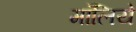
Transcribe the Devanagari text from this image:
मॉलिये